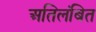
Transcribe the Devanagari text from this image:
अतिलंबित